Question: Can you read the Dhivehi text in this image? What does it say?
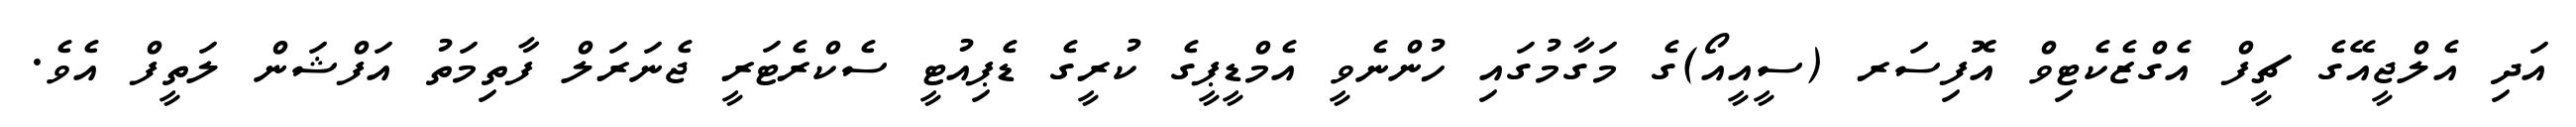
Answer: އަދި އެލްޖީއޭގެ ޗީފް އެގްޒެކެޓިވް އޮފިސަރ (ސީއީއޯ)ގެ މަގާމުގައި ހުންނެވީ އެމްޑީޕީގެ ކުރީގެ ޑެޕިއުޓީ ސެކްރެޓަރީ ޖެނަރަލް ފާތިމަތު އަފްޝަން ލަތީފް އެވެ.